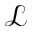
\mathcal { L }